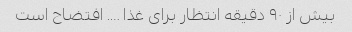
بیش از ٩٠ دقیقه انتظار برای غذا …. افتضاح است